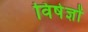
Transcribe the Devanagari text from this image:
विषेज्ञों